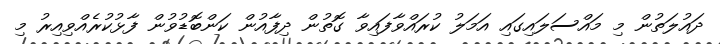
ދައުލަތުން މި މައްސަލައިގައި އަމަލު ކުރައްވާފައިވާ ގޮތުން ދިފާއުން ކަންބޮޑުވުން ފާޅުކުރެއްވިއިރު މި